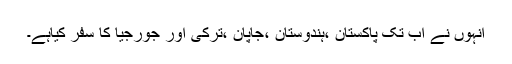
انہوں نے اب تک پاکستان ،ہندوستان ،جاپان ،ترکی اور جورجیا کا سفر کیاہے۔